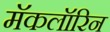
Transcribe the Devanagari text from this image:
मॅकलॉरिन